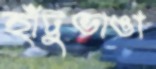
হাঁটুভাঙা